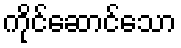
ကိုင်ဆောင်သော